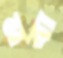
নবা